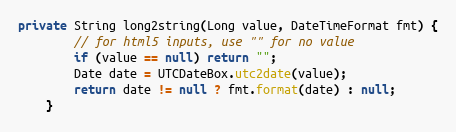
Language: Java
private String long2string(Long value, DateTimeFormat fmt) {
        // for html5 inputs, use "" for no value
        if (value == null) return "";
        Date date = UTCDateBox.utc2date(value);
        return date != null ? fmt.format(date) : null;
    }